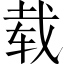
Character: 载